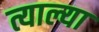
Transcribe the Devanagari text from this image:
त्याल्या